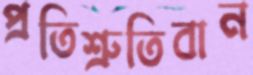
প্রতিশ্রুতিবান